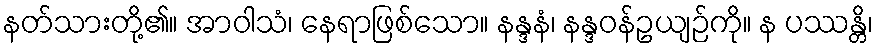
နတ်သားတို့၏။ အာဝါသံ၊ နေရာဖြစ်သော။ နန္ဒနံ၊ နန္ဒဝန်ဥယျဉ်ကို။ န ပဿန္တိ၊